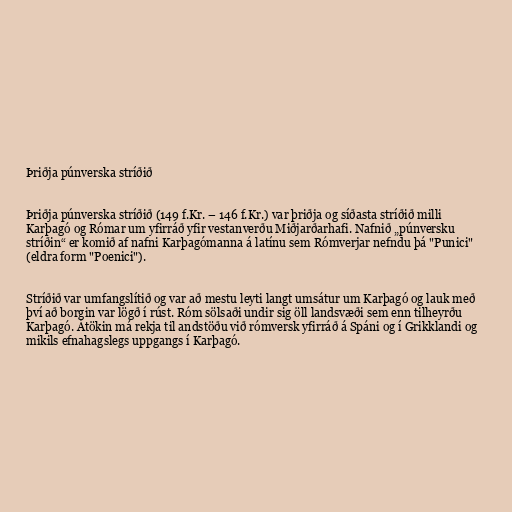
Þriðja púnverska stríðið

Þriðja púnverska stríðið (149 f.Kr. – 146 f.Kr.) var þriðja og síðasta stríðið milli
Karþagó og Rómar um yfirráð yfir vestanverðu Miðjarðarhafi. Nafnið „púnversku
stríðin“ er komið af nafni Karþagómanna á latínu sem Rómverjar nefndu þá "Punici"
(eldra form "Poenici").

Stríðið var umfangslítið og var að mestu leyti langt umsátur um Karþagó og lauk með
því að borgin var lögð í rúst. Róm sölsaði undir sig öll landsvæði sem enn tilheyrðu
Karþagó. Átökin má rekja til andstöðu við rómversk yfirráð á Spáni og í Grikklandi og
mikils efnahagslegs uppgangs í Karþagó.